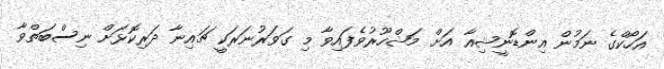
އަހޯކްގެ ނަމުން އިންޑޮނީޝިއާ އަށް މަޝްހޫރުވެފައިވާ މި ގަވަރުނަރަކީ ޗައިނާ ދަރިކޮޅަށް ނިސްބަތްވާ